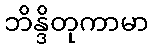
ဘိန္ဒိတုကာမာ